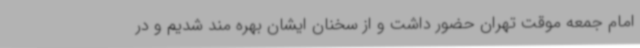
امام جمعه موقت تهران حضور داشت و از سخنان ایشان بهره مند شدیم و در